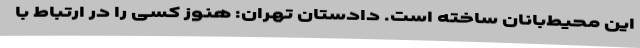
این محیط‌بانان ساخته است. دادستان تهران: هنوز کسی را در ارتباط با